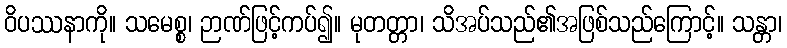
ဝိပဿနာကို။ သမေစ္စ၊ ဉာဏ်ဖြင့်ကပ်၍။ မုတတ္တာ၊ သိအပ်သည်၏အဖြစ်သည်ကြောင့်။ သန္တာ၊